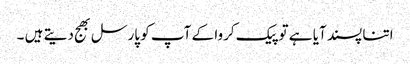
اتنا پسند آیا ہے تو پیک کروا کے آپ کو پارسل بھج دیتے ہیں ۔